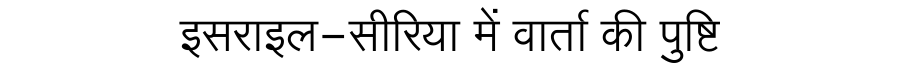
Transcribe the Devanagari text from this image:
इसराइल-सीरिया में वार्ता की पुष्टि